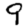
Digit: 9